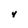
Character: Y